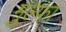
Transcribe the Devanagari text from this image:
मुल्फा